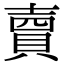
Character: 𧶠